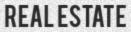
REAL ESTATE